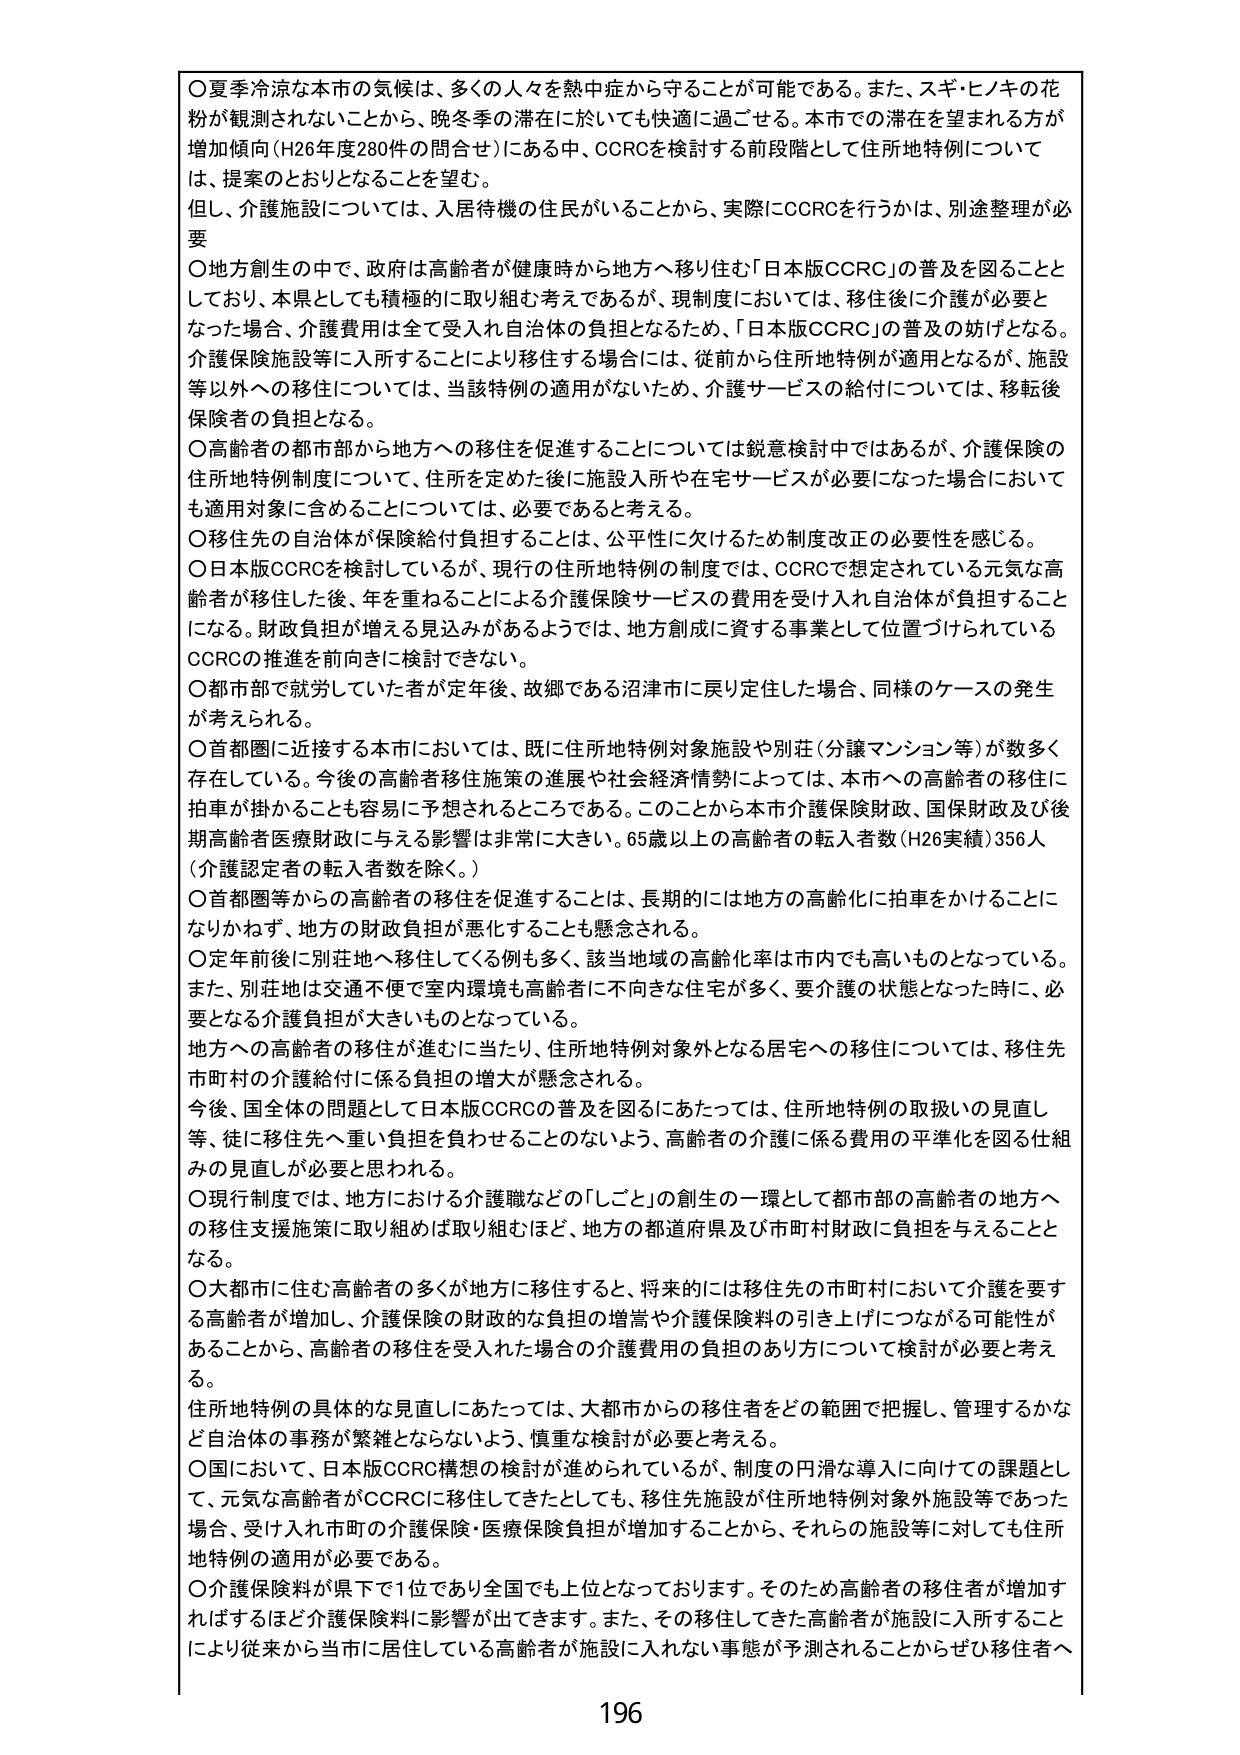
○夏季冷涼な本市の気候は、多くの人々を熱中症から守ることが可能である。また、スギ・ヒノキの花粉が観測されないことから、晩冬季の滞在に於いても快適に過ごせる。本市での滞在を望まれる方が増加傾向（H26年度280件の問合せ）にある中、CCRCを検討する前段階として住所地特例については、提案のとおりとなることを望む。

但し、介護施設については、入居待機の住民がいることから、実際にCCRCを行うかは、別途整理が必要

○地方創生の中で、政府は高齢者が健康時から地方へ移り住む「日本版CCRC」の普及を図ることとしており、本県としても積極的に取り組む考えであるが、現制度においては、移住後に介護が必要となった場合、介護費用は全て受入れ自治体の負担となるため、「日本版CCRC」の普及の妨げとなる。介護保険施設等に入所することにより移住する場合には、従前から住所地特例が適用となるが、施設等以外への移住については、当該特例の適用がないため、介護サービスの給付については、移転後保険者の負担となる。

○高齢者の都市部から地方への移住を促進することについては鋭意検討中ではあるが、介護保険の住所地特例制度について、住所を定めた後に施設入所や在宅サービスが必要になった場合においても適用対象に含めるについては、必要であると考える。

○移住先の自治体が保険給付負担することは、公平性に欠けるため制度改正の必要性を感じる。

○日本版CCRCを検討しているが、現行の住所地特例の制度では、CCRCで想定されている元気な高齢者が移住した後、年を重ねることによる介護保険サービスの費用を受け入れ自治体が負担することになる。財政負担が増える見込みがあるようでは、地方創成に資する事業として位置づけられているCCRCの推進を前向きに検討できない。

○都市部で就労していた者が定年後、故郷である沼津市に戻り定住した場合、同様のケースの発生が考えられる。

○首都圏に近接する本市においては、既に住所地特例対象施設や別荘（分譲マンション等）が数多く存在している。今後の高齢者移住施策の進展や社会経済情勢によっては、本市への高齢者の移住に拍車が掛かることも容易に予想されるところである。このことから本市介護保険財政、国保財政及び後期高齢者医療財政に与える影響は非常に大きい。65歳以上の高齢者の転入者数（H26実績）356人（介護認定者の転入者数を除く。）

○首都圏等からの高齢者の移住を促進することは、長期的には地方の高齢化に拍車をかけることになりかねず、地方の財政負担が悪化することも懸念される。

○定年前後に別荘地へ移住している例も多く、該当地域の高齢化率は市内でも高いものとなっている。また、別荘地は交通不便で室内環境も高齢者に不向きな住宅が多く、要介護の状態となった時に、必要な介護負担が大きいものとなっている。

地方への高齢者の移住が進むに当たり、住所地特例対象外となる居宅への移住については、移住先市町村の介護給付に係る負担の増大が懸念される。

今後、国全体の問題として日本版CCRCの普及を図るにあたっては、住所地特例の取扱いの見直し等、徒に移住先へ重い負担を負わせることがないよう、高齢者の介護に係る費用の平準化を図る仕組みの見直しが必要と思われる。

○現行制度では、地方における介護職などの「しごと」の創生の一環として都市部の高齢者の地方への移住支援施策に取り組めば取り組むほど、地方の都道府県及び市町村財政に負担を与えることとなる。

○大都市に住む高齢者の多くが地方に移住すると、将来的には移住先の市町村において介護を要する高齢者が増加し、介護保険の財政的な負担の増嵩や介護保険料の引き上げにつながる可能性があることから、高齢者の移住を受け入れた場合の介護費用の負担のあり方について検討が必要と考える。

住所地特例の具体的な見直しにあたっては、大都市からの移住者をどの範囲で把握し、管理するかなど自治体の事務が繁雑とならないよう、慎重な検討が必要と考える。

○国において、日本版CCRC構想の検討が進められているが、制度の円滑な導入に向けての課題として、元気な高齢者がCCRCに移住してきたとしても、移住先施設が住所地特例対象外施設等であった場合、受け入れ市町村の介護保険・医療保険負担が増加することから、それらの施設等に対しても住所地特例の適用が必要である。

○介護保険料が県下で1位であり全国でも上位となっております。そのため高齢者の移住者が増加すればするほど介護保険料に影響が出てきます。また、その移住してきた高齢者が施設に入所することにより従来から当市に居住している高齢者が施設に入れれない事態が予測されることからぜひ移住者へ

196